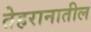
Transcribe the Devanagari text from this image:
तेहरानातील